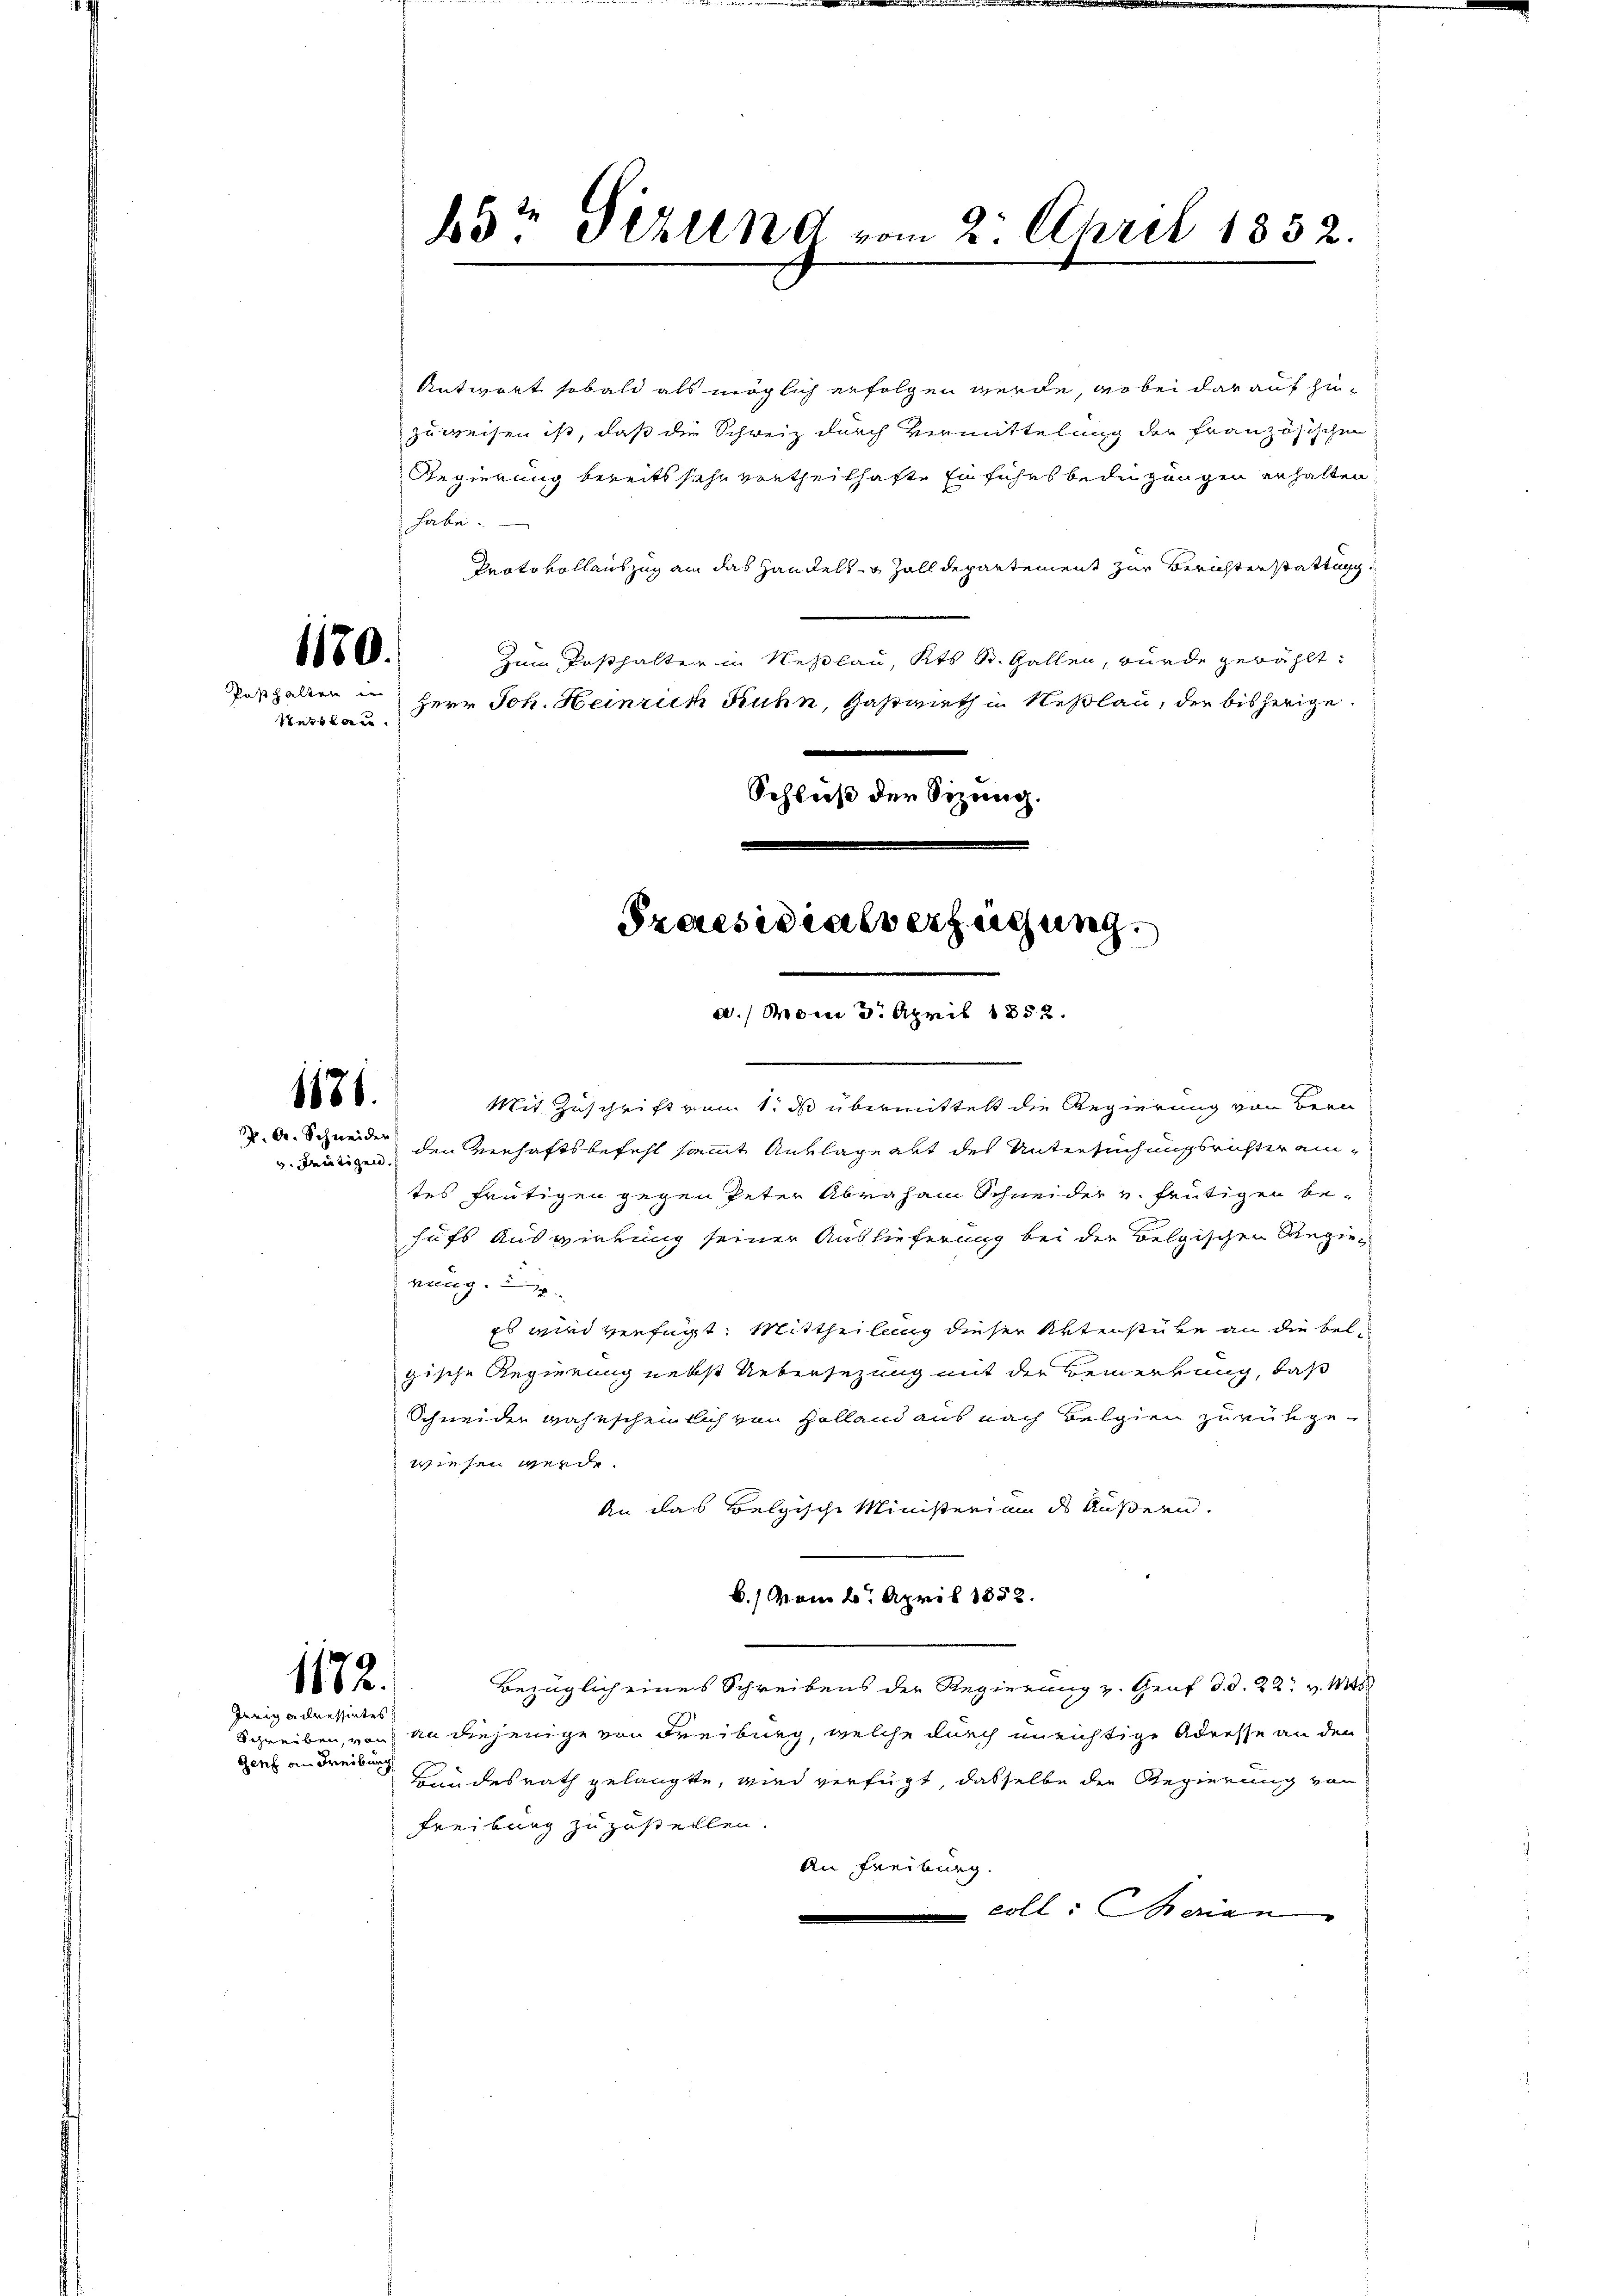
1181.
v. deutigen.

Jarigadressintes
Genf an Freibung

Antwort sobald als möglich erfolgen werde, wobei darauf hinzuweisen ist, daß die Schweiz durch Vermittelung der Französischen
Regierung bereits sehr vortheilhafte Einführt bedügungen erhalten.
habe.
Protokollauszug ain das Handels- & Zolldepartement zur Berichterstattung,
1170.
zum Posthalter in Neßlau, Kts. St. Gallen, wurde gewählt:
Posthalten in Herr Joh. Heinrich Ruhn, Gastwieth in Neßlau, der bisherige
Setshau
Schluß der Sizung.
Praesidialverfügung.

b5r Firund vom 2. April 1832.

a. vom 3. April 1852.

Mit Zuschrift vom 1. ds übermittelt die Regierung von Bern
. Dr. Schneider den Verhaftsbefehl sammt Anklageakt des Untersuchungsrichteramtes heutigen gegen Peter Abraham Schneider v. frütigen behufs Auswierung seiner Auslieferung bei der Belgischen Regienung.
Es wird verfügt: Mittheilung dieser Aktenstücke an die Belgische Regierung nebst Uebersezung mit der Bemerkung, daß
Schneider wahrscheinlich von Holland aus nach Belgien zurükgewiesen werde.
An das belgische Ministerium des Äußern.
6.) vom 2. April 1852.
1182.
Bezüglich eines Schreibens der Regierung z. Genf d. d. 22. v. Mts.
Schreiben, von an diejenige von Freiburg, welche durch unrichtige Adresse an den
Bundesrath gelangte, wird verfügt, dasselbe der Regierung von
Freiburg zuzustellen.
An Freiburg.
coll. Marian